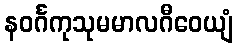
နဝင်္ဂကုသုမမာလဂီဝေယျံ